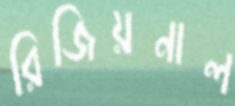
রিজিয়নাল